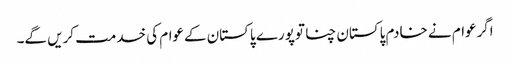
اگرعوام نے خادم پاکستان چنا توپورے پاکستان کےعوام کی خدمت کریں گے۔